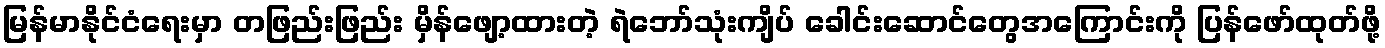
မြန်မာနိုင်ငံရေးမှာ တဖြည်းဖြည်း မှိန်ဖျော့ထားတဲ့ ရဲဘော်သုံးကျိပ် ခေါင်းဆောင်တွေအကြောင်းကို ပြန်ဖော်ထုတ်ဖို့